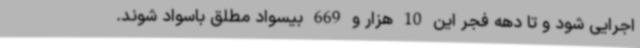
اجرایی شود و تا دهه فجر این 10 هزار و 669 بیسواد مطلق باسواد شوند.